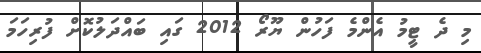
މި ދެ ޓީމު އެންމެ ފަހުން ޔޫރޯ 2012 ގައި ބައްދަލުކޮށް ފުރިހަމަ